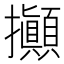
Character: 攧